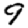
Digit: 9